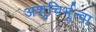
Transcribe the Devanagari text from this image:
अशुचिर्भूत्वा